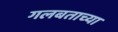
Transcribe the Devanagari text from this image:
गलबताच्या